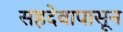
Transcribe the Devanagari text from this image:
सहदेवापासून